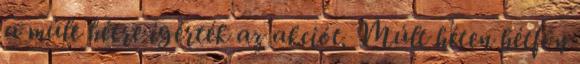
a múlt hétre ígérték az akciót. Múlt héten hétfőn